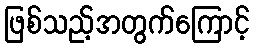
ဖြစ်သည့်အတွက်ကြောင့်